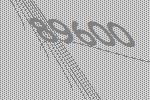
89600